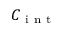
C _ { \mathrm { ~ i ~ n ~ t ~ } }